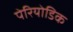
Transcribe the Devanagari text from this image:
पेरियोडिक